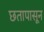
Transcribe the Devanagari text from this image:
छतापासून